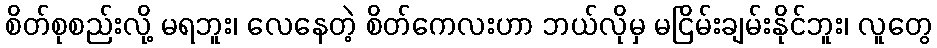
စိတ်စုစည်းလို့ မရဘူး၊ လေနေတဲ့ စိတ်ကေလးဟာ ဘယ်လိုမှ မငြိမ်းချမ်းနိုင်ဘူး၊ လူတွေ